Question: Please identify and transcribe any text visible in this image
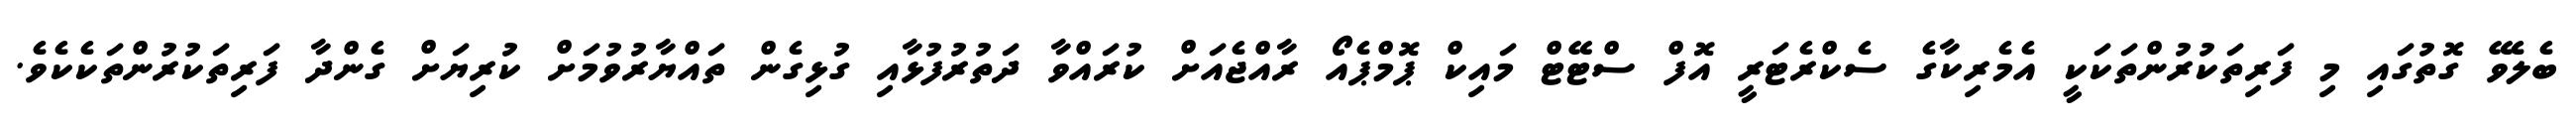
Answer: ބެލެވޭ ގޮތުގައި މި ފަރިތަކުރުންތަކަކީ އެމެރިކާގެ ސެކްރެޓަރީ އޮފް ސްޓޭޓް މައިކް ޕޮމްޕެއޯ ރާއްޖެއަށް ކުރައްވާ ދަތުރުފުޅާއި ގުޅިގެން ތައްޔާރުވުމަށް ކުރިޔަށް ގެންދާ ފަރިތަކުރުންތަކެކެވެ.